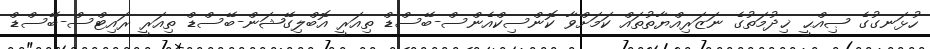
ހުޅަނގުގެ ޞިއްޙީ ޚިދުމަތުގެ ނަޒަރިއްޔާތުތައް ކަމަށްވާ ކޮންސިކްއެންސް-ބޭސްޑް ތިއަރީ އޮބްލިގޭޝަން-ބޭސްޑް ތިއަރީ ރައިޓްސް-ބޭސްޑް